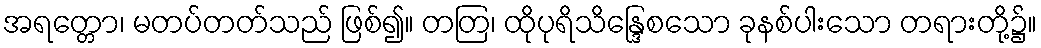
အရတ္တော၊ မတပ်တတ်သည် ဖြစ်၍။ တတြ၊ ထိုပုရိသိန္ဒြေစသော ခုနစ်ပါးသော တရားတို့၌။